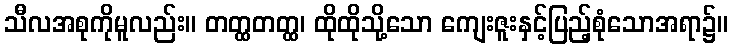
သီလအစုကိုမူလည်း။ တတ္ထတတ္ထ၊ ထိုထိုသို့သော ကျေးဇူးနှင့်ပြည့်စုံသောအရာ၌။